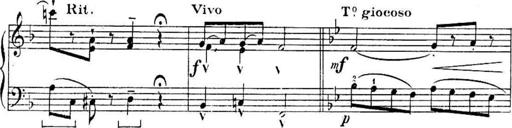
Title: Sonatines
Composer: Hedwige ChrÃ©tien